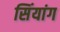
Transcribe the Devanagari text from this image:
सिंयांग